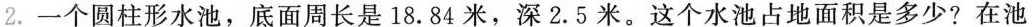
2.一个圆柱形水池，底面周长是18.84米，深2.5米。这个水池占地面积是多少?在池